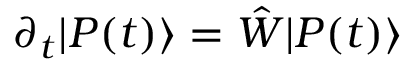
\partial _ { t } | P ( t ) \rangle = \hat { W } | P ( t ) \rangle